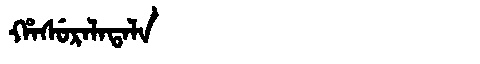
Manchu: ᡥᠠᠰᡠᡵᠠᠯᠠᡨᠠᠯᠠ
Romanization: HASURALATALA